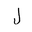
Letter: _lam